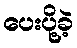
ပေးပို့ခဲ့